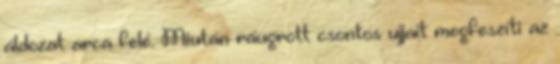
áldozat arca felé. Miután ráugrott csontos ujjait megfeszíti az